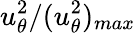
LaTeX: u_{\theta}^{2}/(u_{\theta}^{2})_{max}